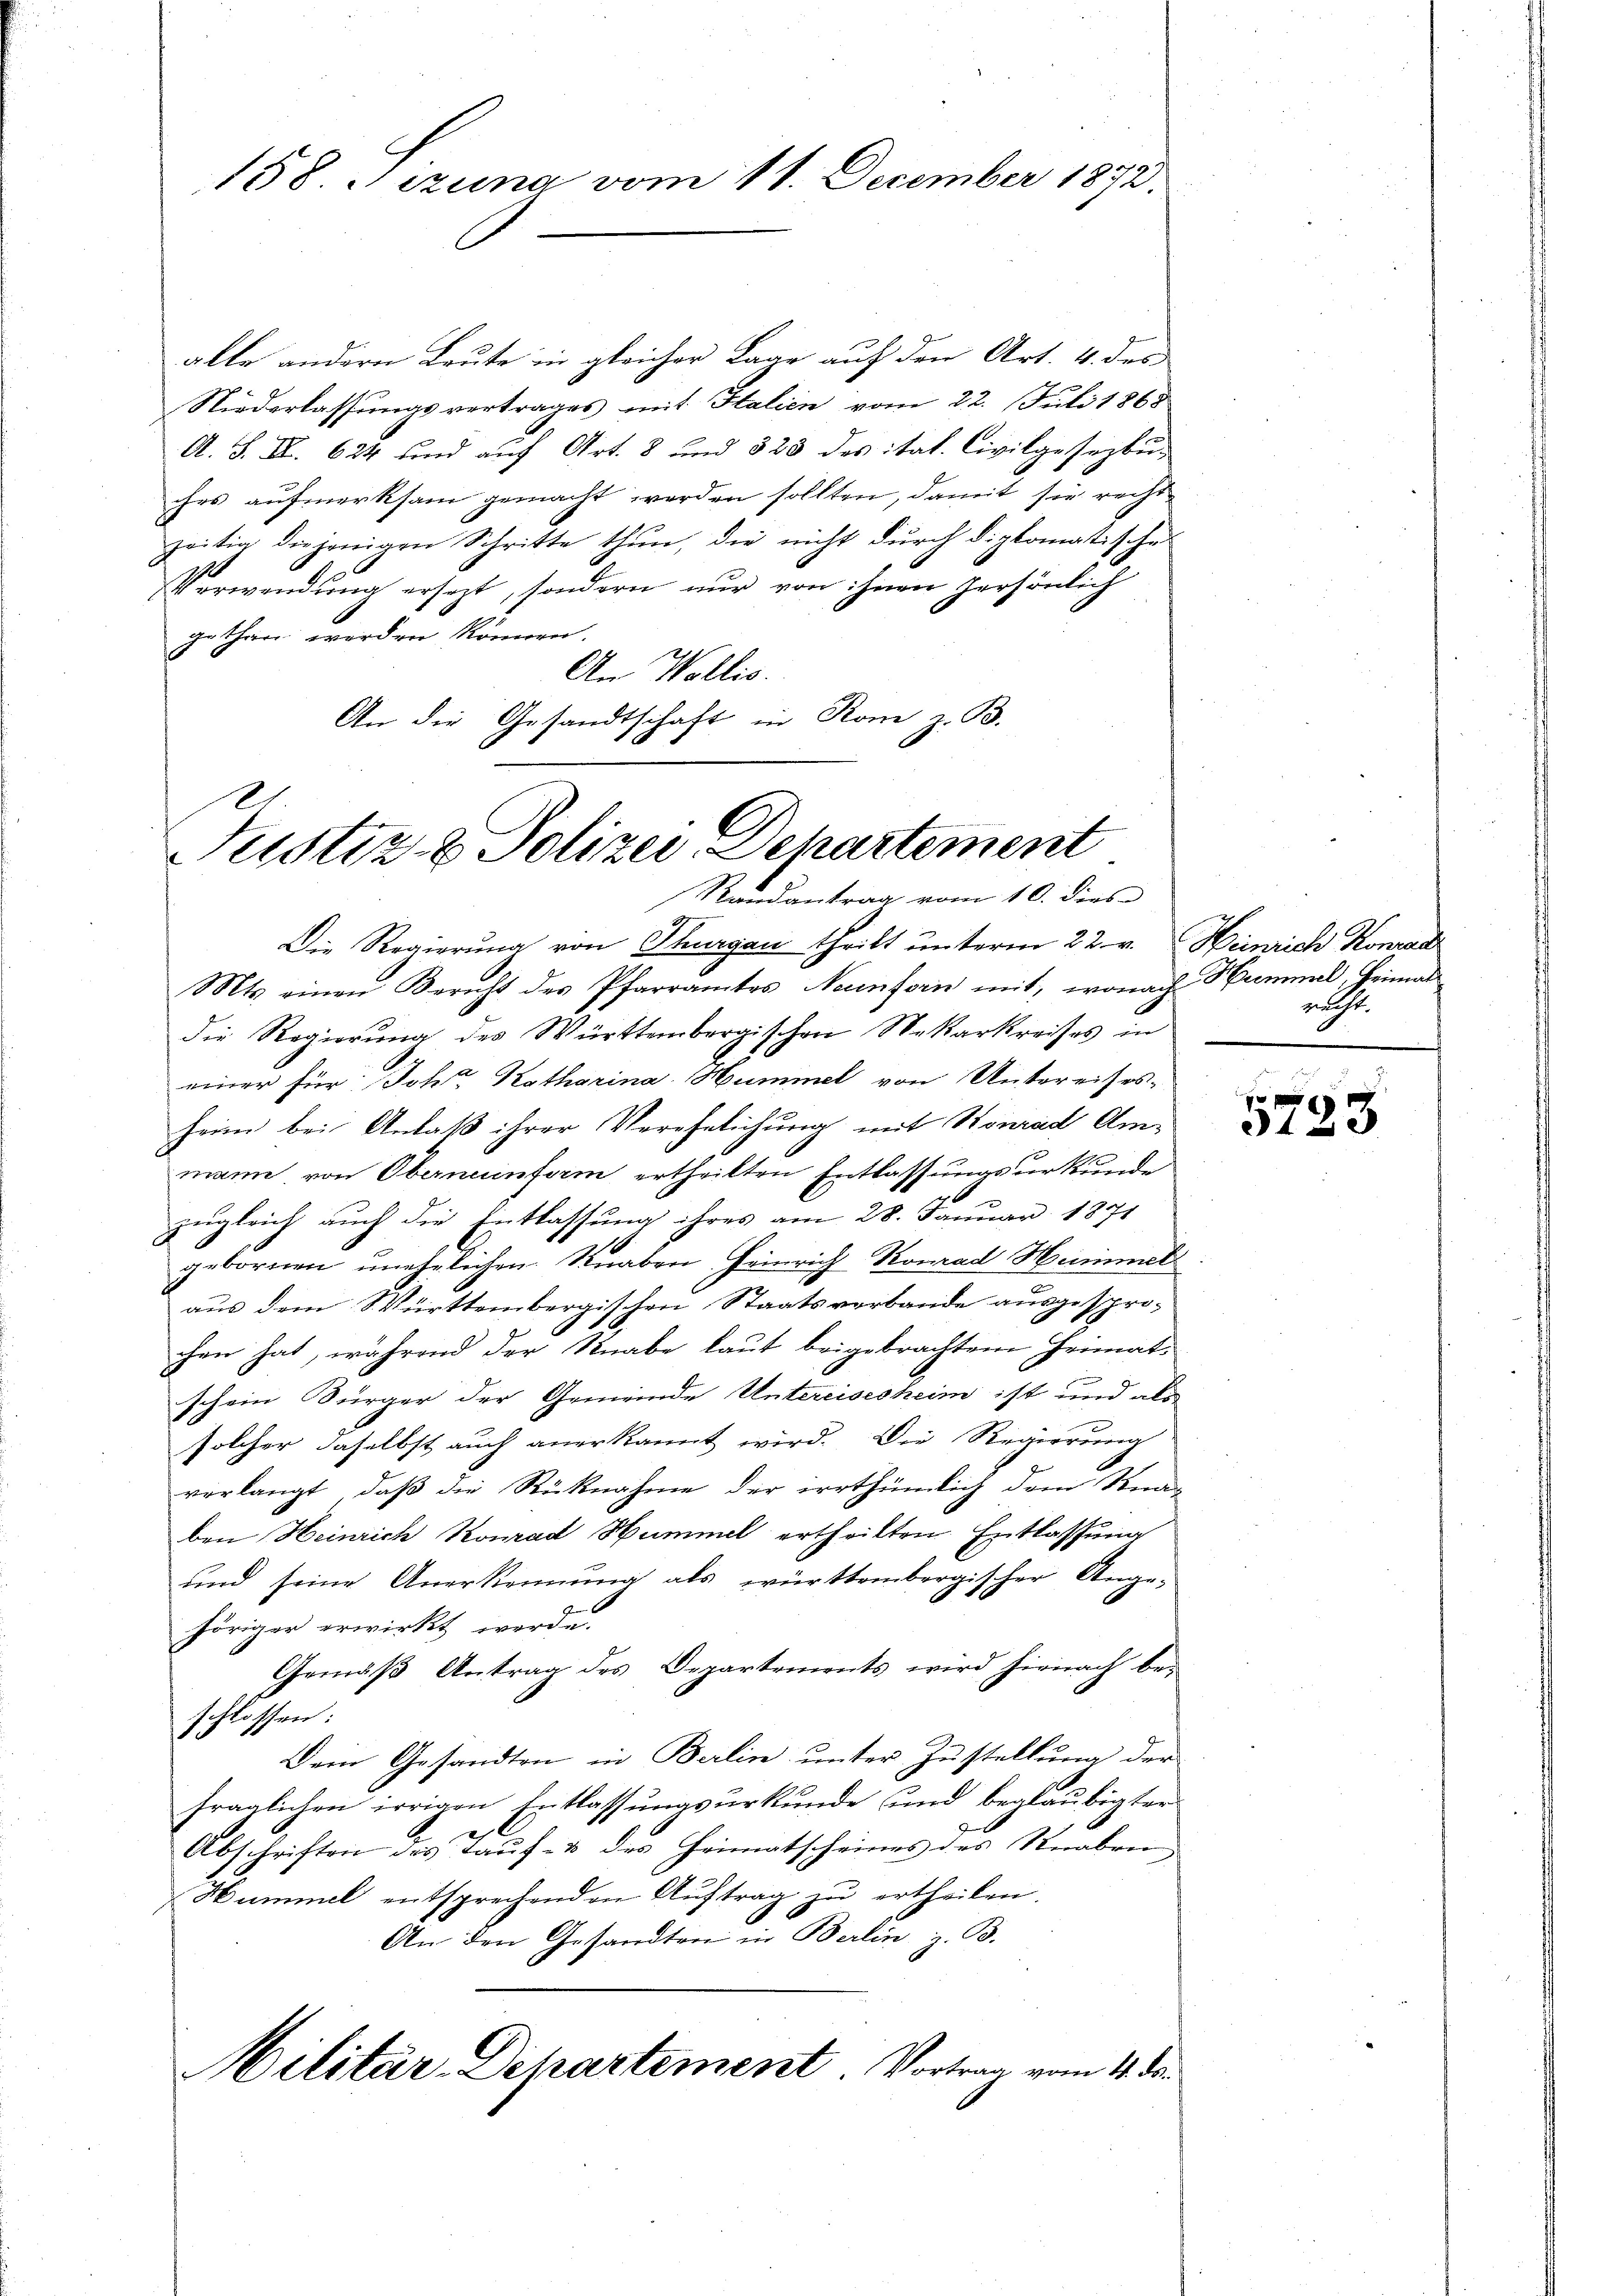
158. Jizung vom 11. December 1872.

alle andern Leute in gleicher Baar auf den Art. 4. des
Niederlassungsvertrages mit Italien vom 22. Juli 1865
A. S. XI. 624 und auf Art. 8 und 823 des itat. Civilgesezbu-
ches aufmerksam gemacht werden sollten, damit sie recht
zeitig diejenigen Schritte thun, die nicht durch diplomatische
Verwendung ersezt, sondern nur von ihnen persönlich
gethan worden können.
10
An Wallis.
An die Gesandtschaft in Rom z. B.

Justiz- & Polizei Departement
Randantrag vom 10. dies

Die Regierung von Thurgau theilt unterm 22. v. Heinrich Konrad
Mts. einen Bericht des Pfarramtes Neunforn mit, wonach Hammel, Heimat
die Regierung des Württembergischen Nekarkreises in
einer für Joh. Katharina Hummel von Untereises-
heim bei Anlaß ihrer Verehelichung mit Stonrad Ammann, von Oberneunform ertheilten Entlassungsurkunde
zugleich auch die Entlassung ihres am 28. Januar 1871
gebornen unehelichen. Knaben Heinrich Konrad Hemmel
aus dem Württembergischen Staatsverbande ausgesprochen hat, während der Knabe laut beigebrachtem Heimat-
schein Bürger der Gemeinde Untereisesheim ist und als
solcher daselbst auch anerkannt wird. Die Regierung
verlangt, daß die Rücknahme der irrthümlich dem Knaben Heinrich Konrad Hummel ertheilten Entlassung
und seine Anerkennung als württembergischer Ange-
höriger erwirkt werde.
Gemäß Antrag des Departements wird hienach beschlossen:
Dein Gesandten in Berlin unter Zustellung der
fraglichen irrigen Entlassungsurkunde und beglaubigter
Abschriften des Tauf- & des Heimatscheines des Knaben
Hummel entsprechenden Auftrag zu ertheilen.
An den Gesandten in Berlin z. B.

Militär-Departement. Vortrag vom 4. de

nicht.

3123